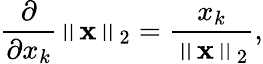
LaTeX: {\frac{\partial}{\partial x_{k}}}\left\| \mathbf{x}\right\| _{2}={\frac{x_{k}}{\left\| \mathbf{x}\right\| _{2}}},